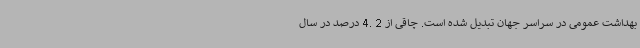
بهداشت عمومی در سراسر جهان تبدیل شده است. چاقی از 2 .4 درصد در سال